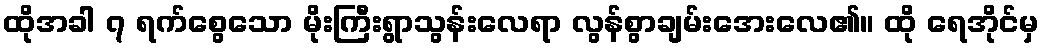
ထိုအခါ ၇ ရက်စွေသော မိုးကြီးရွာသွန်းလေရာ လွန်စွာချမ်းအေးလေ၏။ ထို ရေအိုင်မှ